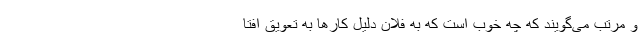
و مرتب می‌گویند که چه خوب است که به فلان دلیل کارها به تعویق افتا